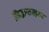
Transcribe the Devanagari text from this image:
सिद्धान्तरहस्य